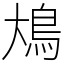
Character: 䲪